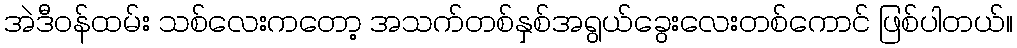
အဲဒီဝန်ထမ်း သစ်လေးကတော့ အသက်တစ်နှစ်အရွယ်ခွေးလေးတစ်ကောင် ဖြစ်ပါတယ်။